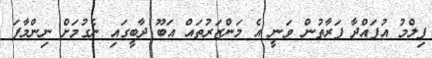
ފިލްމު އުފައްދާ ފަރާތުން ވަނީ އެ މަންޒަރުތައް އަބޫ ދާބީގައި ނެގުމަށް ނިންމާފަ